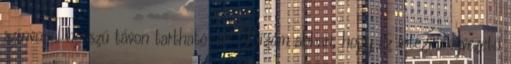
színvonal hosszú távon tartható-e? Bízom abban, hogy az intézményvezető